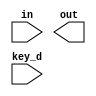
module decrypt#(parameter nk=4,parameter nr=10,parameter n=128)(in ,out ,key_d);
  // nb*(nr+1) words where nb always = 4 and 1 word = 4 bytes = 32 bit so 32*4=128
input [127:0] in;
output[127:0] out;
input [n-1:0] key_d;

function [0:127] InvSubBytes( input [0:7]
s00,s01,s02,s03,
s10,s11,s12,s13,
s20,s21,s22,s23,
s30,s31,s32,s33
 );
reg [0:7]ss00,ss01,ss02,ss03;
reg [0:7]ss10,ss11,ss12,ss13;
reg [0:7]ss20,ss21,ss22,ss23;
reg [0:7]ss30,ss31,ss32,ss33;


begin 
 ss00 =sbout(s00); ss01 =sbout(s01); ss02=sbout(s02); ss03=sbout(s03);
 ss10 =sbout(s00); ss11 =sbout(s01); ss12=sbout(s02); ss13=sbout(s03);
 ss20 =sbout(s00); ss21 =sbout(s01); ss22=sbout(s02); ss23=sbout(s03);
 ss30 =sbout(s00); ss31 =sbout(s01); ss32=sbout(s02); ss33=sbout(s03);

 InvSubBytes[0:7]=ss00;      InvSubBytes[8:15]=ss01;    InvSubBytes[16:23]=ss02;    InvSubBytes[24:31]=ss03;
 InvSubBytes[32:39]=ss10;    InvSubBytes[40:47]=ss11;   InvSubBytes[48:55]=ss12;    InvSubBytes[56:63]=ss13;
 InvSubBytes[64:71]=ss20;    InvSubBytes[72:79]=ss21;    InvSubBytes[80:87]=ss22;    InvSubBytes[88:95]=ss23;
 InvSubBytes[96:103]=ss30;   InvSubBytes[104:111]=ss31; InvSubBytes[112:119]=ss32;  InvSubBytes[120:127]=ss33;


end
endfunction

function [0:7]sbout (input [0:7] selector);
begin

    case(selector)
				8'h00:sbout =8'h52;
				8'h01:sbout =8'h09;
				8'h02:sbout =8'h6a;
				8'h03:sbout =8'hd5;
				8'h04:sbout =8'h30;
				8'h05:sbout =8'h36;
				8'h06:sbout =8'ha5;
				8'h07:sbout =8'h38;
				8'h08:sbout =8'hbf;
				8'h09:sbout =8'h40;
				8'h0a:sbout =8'ha3;
				8'h0b:sbout =8'h9e;
				8'h0c:sbout =8'h81;
				8'h0d:sbout =8'hf3;
				8'h0e:sbout =8'hd7;
				8'h0f:sbout =8'hfb;
				8'h10:sbout =8'h7c;
				8'h11:sbout =8'he3;
				8'h12:sbout =8'h39;
				8'h13:sbout =8'h82;
				8'h14:sbout =8'h9b;
				8'h15:sbout =8'h2f;
				8'h16:sbout =8'hff;
				8'h17:sbout =8'h87;
				8'h18:sbout =8'h34;
				8'h19:sbout =8'h8e;
				8'h1a:sbout =8'h43;
				8'h1b:sbout =8'h44;
				8'h1c:sbout =8'hc4;
				8'h1d:sbout =8'hde;
				8'h1e:sbout =8'he9;
				8'h1f:sbout =8'hcb;
				8'h20:sbout =8'h54;
				8'h21:sbout =8'h7b;
				8'h22:sbout =8'h94;
				8'h23:sbout =8'h32;
				8'h24:sbout =8'ha6;
				8'h25:sbout =8'hc2;
				8'h26:sbout =8'h23;
				8'h27:sbout =8'h3d;
				8'h28:sbout =8'hee;
				8'h29:sbout =8'h4c;
				8'h2a:sbout =8'h95;
				8'h2b:sbout =8'h0b;
				8'h2c:sbout =8'h42;
				8'h2d:sbout =8'hfa;
				8'h2e:sbout =8'hc3;
				8'h2f:sbout =8'h4e;
				8'h30:sbout =8'h08;
				8'h31:sbout =8'h2e;
				8'h32:sbout =8'ha1;
				8'h33:sbout =8'h66;
				8'h34:sbout =8'h28;
				8'h35:sbout =8'hd9;
				8'h36:sbout =8'h24;
				8'h37:sbout =8'hb2;
				8'h38:sbout =8'h76;
				8'h39:sbout =8'h5b;
				8'h3a:sbout =8'ha2;
				8'h3b:sbout =8'h49;
				8'h3c:sbout =8'h6d;
				8'h3d:sbout =8'h8b;
				8'h3e:sbout =8'hd1;
				8'h3f:sbout =8'h25;
				8'h40:sbout =8'h72;
				8'h41:sbout =8'hf8;
				8'h42:sbout =8'hf6;
				8'h43:sbout =8'h64;
				8'h44:sbout =8'h86;
				8'h45:sbout =8'h68;
				8'h46:sbout =8'h98;
				8'h47:sbout =8'h16;
				8'h48:sbout =8'hd4;
				8'h49:sbout =8'ha4;
				8'h4a:sbout =8'h5c;
				8'h4b:sbout =8'hcc;
				8'h4c:sbout =8'h5d;
				8'h4d:sbout =8'h65;
				8'h4e:sbout =8'hb6;
				8'h4f:sbout =8'h92;
				8'h50:sbout =8'h6c;
				8'h51:sbout =8'h70;
				8'h52:sbout =8'h48;
				8'h53:sbout =8'h50;
				8'h54:sbout =8'hfd;
				8'h55:sbout =8'hed;
				8'h56:sbout =8'hb9;
				8'h57:sbout =8'hda;
				8'h58:sbout =8'h5e;
				8'h59:sbout =8'h15;
				8'h5a:sbout =8'h46;
				8'h5b:sbout =8'h57;
				8'h5c:sbout =8'ha7;
				8'h5d:sbout =8'h8d;
				8'h5e:sbout =8'h9d;
				8'h5f:sbout =8'h84;
				8'h60:sbout =8'h90;
				8'h61:sbout =8'hd8;
				8'h62:sbout =8'hab;
				8'h63:sbout =8'h00;
				8'h64:sbout =8'h8c;
				8'h65:sbout =8'hbc;
				8'h66:sbout =8'hd3;
				8'h67:sbout =8'h0a;
				8'h68:sbout =8'hf7;
				8'h69:sbout =8'he4;
				8'h6a:sbout =8'h58;
				8'h6b:sbout =8'h05;
				8'h6c:sbout =8'hb8;
				8'h6d:sbout =8'hb3;
				8'h6e:sbout =8'h45;
				8'h6f:sbout =8'h06;
				8'h70:sbout =8'hd0;
				8'h71:sbout =8'h2c;
				8'h72:sbout =8'h1e;
				8'h73:sbout =8'h8f;
				8'h74:sbout =8'hca;
				8'h75:sbout =8'h3f;
				8'h76:sbout =8'h0f;
				8'h77:sbout =8'h02;
				8'h78:sbout =8'hc1;
				8'h79:sbout =8'haf;
				8'h7a:sbout =8'hbd;
				8'h7b:sbout =8'h03;
				8'h7c:sbout =8'h01;
				8'h7d:sbout =8'h13;
				8'h7e:sbout =8'h8a;
				8'h7f:sbout =8'h6b;
				8'h80:sbout =8'h3a;
				8'h81:sbout =8'h91;
				8'h82:sbout =8'h11;
				8'h83:sbout =8'h41;
				8'h84:sbout =8'h4f;
				8'h85:sbout =8'h67;
				8'h86:sbout =8'hdc;
				8'h87:sbout =8'hea;
				8'h88:sbout =8'h97;
				8'h89:sbout =8'hf2;
				8'h8a:sbout =8'hcf;
				8'h8b:sbout =8'hce;
				8'h8c:sbout =8'hf0;
				8'h8d:sbout =8'hb4;
				8'h8e:sbout =8'he6;
				8'h8f:sbout =8'h73;
				8'h90:sbout =8'h96;
				8'h91:sbout =8'hac;
				8'h92:sbout =8'h74;
				8'h93:sbout =8'h22;
				8'h94:sbout =8'he7;
				8'h95:sbout =8'had;
				8'h96:sbout =8'h35;
				8'h97:sbout =8'h85;
				8'h98:sbout =8'he2;
				8'h99:sbout =8'hf9;
				8'h9a:sbout =8'h37;
				8'h9b:sbout =8'he8;
				8'h9c:sbout =8'h1c;
				8'h9d:sbout =8'h75;
				8'h9e:sbout =8'hdf;
				8'h9f:sbout =8'h6e;
				8'ha0:sbout =8'h47;
				8'ha1:sbout =8'hf1;
				8'ha2:sbout =8'h1a;
				8'ha3:sbout =8'h71;
				8'ha4:sbout =8'h1d;
				8'ha5:sbout =8'h29;
				8'ha6:sbout =8'hc5;
				8'ha7:sbout =8'h89;
				8'ha8:sbout =8'h6f;
				8'ha9:sbout =8'hb7;
				8'haa:sbout =8'h62;
				8'hab:sbout =8'h0e;
				8'hac:sbout =8'haa;
				8'had:sbout =8'h18;
				8'hae:sbout =8'hbe;
				8'haf:sbout =8'h1b;
				8'hb0:sbout =8'hfc;
				8'hb1:sbout =8'h56;
				8'hb2:sbout =8'h3e;
				8'hb3:sbout =8'h4b;
				8'hb4:sbout =8'hc6;
				8'hb5:sbout =8'hd2;
				8'hb6:sbout =8'h79;
				8'hb7:sbout =8'h20;
				8'hb8:sbout =8'h9a;
				8'hb9:sbout =8'hdb;
				8'hba:sbout =8'hc0;
				8'hbb:sbout =8'hfe;
				8'hbc:sbout =8'h78;
				8'hbd:sbout =8'hcd;
				8'hbe:sbout =8'h5a;
				8'hbf:sbout =8'hf4;
				8'hc0:sbout =8'h1f;
				8'hc1:sbout =8'hdd;
				8'hc2:sbout =8'ha8;
				8'hc3:sbout =8'h33;
				8'hc4:sbout =8'h88;
				8'hc5:sbout =8'h07;
				8'hc6:sbout =8'hc7;
				8'hc7:sbout =8'h31;
				8'hc8:sbout =8'hb1;
				8'hc9:sbout =8'h12;
				8'hca:sbout =8'h10;
				8'hcb:sbout =8'h59;
				8'hcc:sbout =8'h27;
				8'hcd:sbout =8'h80;
				8'hce:sbout =8'hec;
				8'hcf:sbout =8'h5f;
				8'hd0:sbout =8'h60;
				8'hd1:sbout =8'h51;
				8'hd2:sbout =8'h7f;
				8'hd3:sbout =8'ha9;
				8'hd4:sbout =8'h19;
				8'hd5:sbout =8'hb5;
				8'hd6:sbout =8'h4a;
				8'hd7:sbout =8'h0d;
				8'hd8:sbout =8'h2d;
				8'hd9:sbout =8'he5;
				8'hda:sbout =8'h7a;
				8'hdb:sbout =8'h9f;
				8'hdc:sbout =8'h93;
				8'hdd:sbout =8'hc9;
				8'hde:sbout =8'h9c;
				8'hdf:sbout =8'hef;
				8'he0:sbout =8'ha0;
				8'he1:sbout =8'he0;
				8'he2:sbout =8'h3b;
				8'he3:sbout =8'h4d;
				8'he4:sbout =8'hae;
				8'he5:sbout =8'h2a;
				8'he6:sbout =8'hf5;
				8'he7:sbout =8'hb0;
				8'he8:sbout =8'hc8;
				8'he9:sbout =8'heb;
				8'hea:sbout =8'hbb;
				8'heb:sbout =8'h3c;
				8'hec:sbout =8'h83;
				8'hed:sbout =8'h53;
				8'hee:sbout =8'h99;
				8'hef:sbout =8'h61;
				8'hf0:sbout =8'h17;
				8'hf1:sbout =8'h2b;
				8'hf2:sbout =8'h04;
				8'hf3:sbout =8'h7e;
				8'hf4:sbout =8'hba;
				8'hf5:sbout =8'h77;
				8'hf6:sbout =8'hd6;
				8'hf7:sbout =8'h26;
				8'hf8:sbout =8'he1;
				8'hf9:sbout =8'h69;
				8'hfa:sbout =8'h14;
				8'hfb:sbout =8'h63;
				8'hfc:sbout =8'h55;
				8'hfd:sbout =8'h21;
				8'hfe:sbout =8'h0c;
				8'hff:sbout =8'h7d;
				endcase
end
endfunction
endmodule